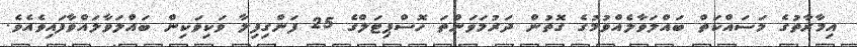
އިމާރާތުގެ މަސައްކަތް ބައްލަވާލެއްވުމުގެ ގޮތުން ދަރުމަވަންތަ ހޮސްޕިޓަލްގެ 25 ފަންގިފިލާ ވަކިވަކިން ބައްލަވާލައްވާފައިވެއެވެ.